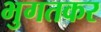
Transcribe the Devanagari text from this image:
भुगतकर